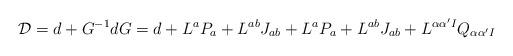
LaTeX: \begin{align*}{\cal D} =d + G^{-1} dG = d + L^{a} P_{a}+L^{ab} J_{ab}+ L^{a} P_{a}+L^{ab} J_{ab}+L^{\alpha\alpha'I} Q_{\alpha\alpha'I}\end{align*}